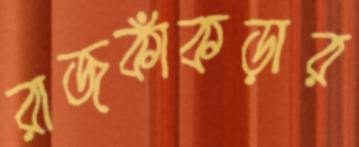
রাজকাঁকড়ার